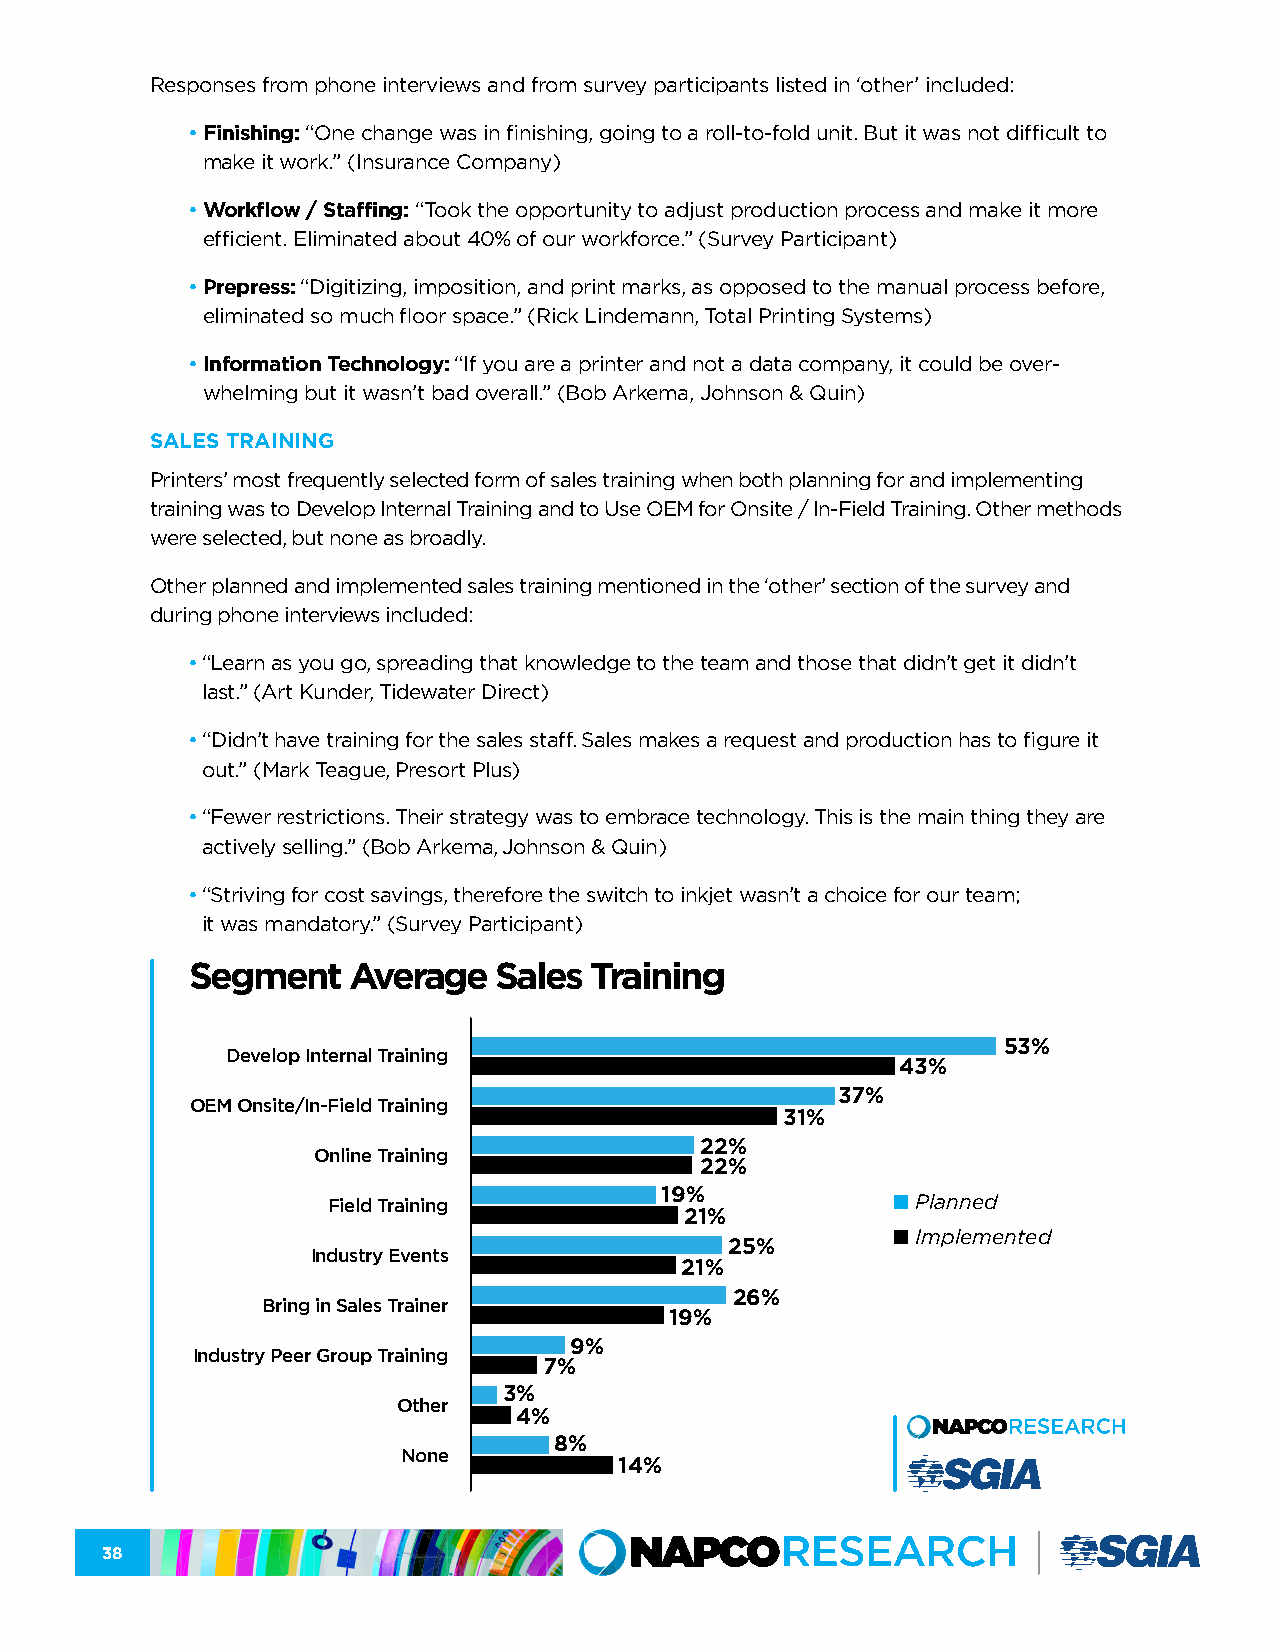
Responses from phone interviews and from survey participants listed in ‘other’ included:
 • Finishing: “One change was in finishing, going to a roll-to-fold unit. But it was not difficult to
 make it work.” (Insurance Company)
 • Workflow / Staffing: “Took the opportunity to adjust production process and make it more
 efficient. Eliminated about 40% of our workforce.” (Survey Participant)
 • Prepress: “Digitizing, imposition, and print marks, as opposed to the manual process before,
 eliminated so much floor space.” (Rick Lindemann, Total Printing Systems)
 • Information Technology: “If you are a printer and not a data company, it could be over-
 whelming but it wasn’t bad overall.” (Bob Arkema, Johnson & Quin)
 SALES TRAINING
 Printers’ most frequently selected form of sales training when both planning for and implementing
 training was to Develop Internal Training and to Use OEM for Onsite / In-Field Training. Other methods
 were selected, but none as broadly.
 Other planned and implemented sales training mentioned in the ‘other’ section of the survey and
 during phone interviews included:
 • “Learn as you go, spreading that knowledge to the team and those that didn’t get it didn’t
 last.” (Art Kunder, Tidewater Direct)
 • “Didn’t have training for the sales staff. Sales makes a request and production has to figure it
 out.” (Mark Teague, Presort Plus)
 • “Fewer restrictions. Their strategy was to embrace technology. This is the main thing they are
 actively selling.” (Bob Arkema, Johnson & Quin)
 • “Striving for cost savings, therefore the switch to inkjet wasn’t a choice for our team;
 it was mandatory.” (Survey Participant)
 Segment   Average   Sales Training
 53%
 Develop Internal Training
 43%
 37%
 OEM Onsite/In-Field Training
 31%
 22%
 Online Training
 22%
 Field Training        19%            n Planned
 21%
 n Implemented
 25%
 Industry Events
 21%
 26%
 Bring in Sales Trainer
 19%
 9%
 Industry Peer Group Training
 7%
 3%
 Other
 4%
 8%
 None
 14%
 38